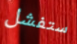
ستفشل